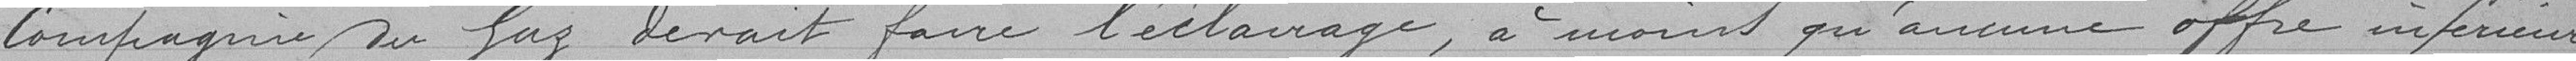
compagnie du gaz devrait faire l'éclairage, à moins qu'aucune offre inférieure